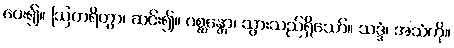
ပေး၍။ ဩတရိတွာ၊ ဆင်း၍။ ဂစ္ဆန္တော၊ သွားသည်ရှိသော်။ သဒ္ဒံ၊ အသံကို။